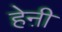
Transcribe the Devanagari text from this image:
हेऩी